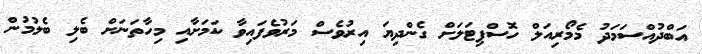
އަބްދުއްސަމަދު މެމޯރިއަލް ހޮސްޕިޓަލަށް ގެންދިޔަ އިރުވެސް މަރުވެފައިވާ ކަމަށާއި މިހާތަނަށް ބެލި ބެލުމުން